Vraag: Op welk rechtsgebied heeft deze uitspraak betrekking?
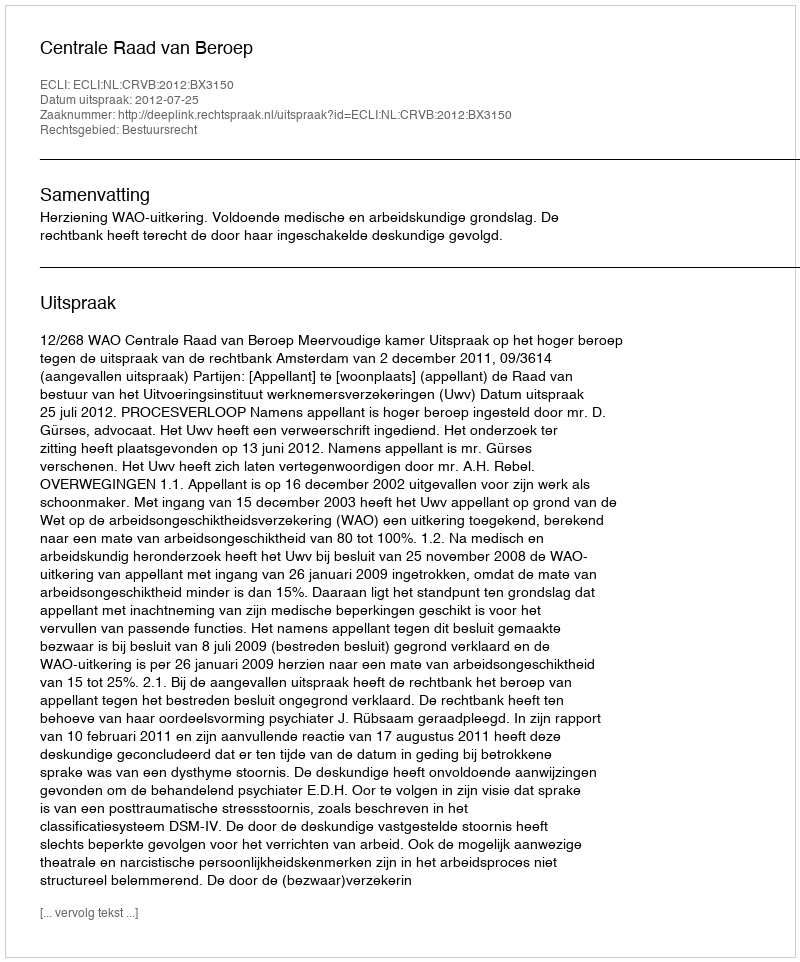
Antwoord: Bestuursrecht